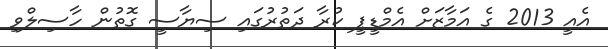
އެއީ 2013 ގެ އަމާޒަށް އެމްޑީޕީ ކުރާ ދަތުރުގައި ސިޔާސީ ގޮތުން ހާސިލްވި